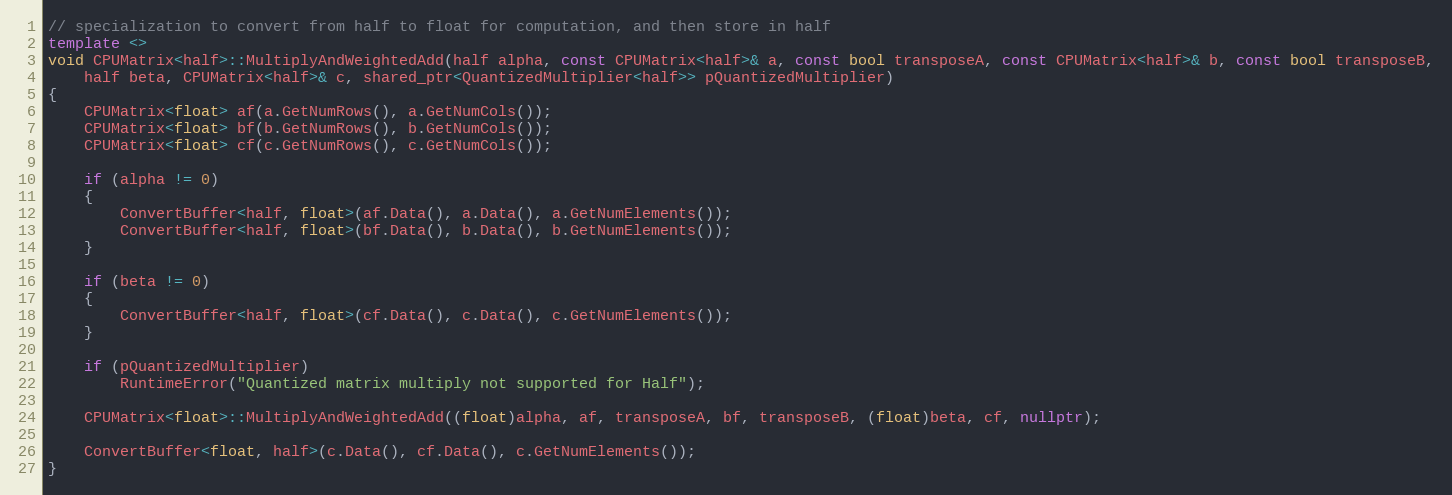
Language: C++
// specialization to convert from half to float for computation, and then store in half
template <>
void CPUMatrix<half>::MultiplyAndWeightedAdd(half alpha, const CPUMatrix<half>& a, const bool transposeA, const CPUMatrix<half>& b, const bool transposeB,
    half beta, CPUMatrix<half>& c, shared_ptr<QuantizedMultiplier<half>> pQuantizedMultiplier)
{
    CPUMatrix<float> af(a.GetNumRows(), a.GetNumCols());
    CPUMatrix<float> bf(b.GetNumRows(), b.GetNumCols());
    CPUMatrix<float> cf(c.GetNumRows(), c.GetNumCols());

    if (alpha != 0)
    {
        ConvertBuffer<half, float>(af.Data(), a.Data(), a.GetNumElements());
        ConvertBuffer<half, float>(bf.Data(), b.Data(), b.GetNumElements());
    }

    if (beta != 0)
    {
        ConvertBuffer<half, float>(cf.Data(), c.Data(), c.GetNumElements());
    }

    if (pQuantizedMultiplier)
        RuntimeError("Quantized matrix multiply not supported for Half");

    CPUMatrix<float>::MultiplyAndWeightedAdd((float)alpha, af, transposeA, bf, transposeB, (float)beta, cf, nullptr);

    ConvertBuffer<float, half>(c.Data(), cf.Data(), c.GetNumElements());
}